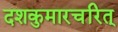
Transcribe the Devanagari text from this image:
दशकुमारचरित्‌